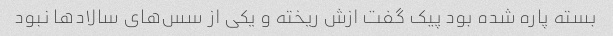
بسته پاره شده بود پیک گفت ازش ریخته و یکی از سس‌های سالاد‌ها نبود